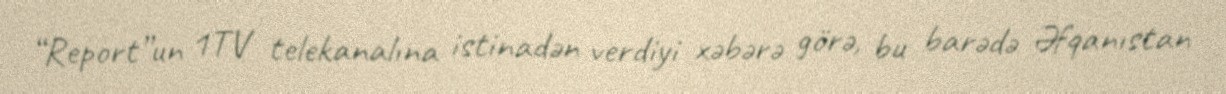
“Report”un 1TV telekanalına istinadən verdiyi xəbərə görə, bu barədə Əfqanıstan